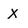
Character: X